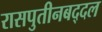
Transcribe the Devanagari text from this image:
रासपुतीनबद्दल